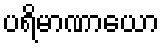
ပရိမာဏာယော